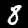
Digit: 8